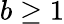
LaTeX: b\geq 1